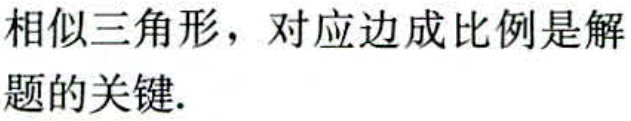
相似三角形，对应边成比例是解题的关键.